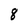
Character: 8